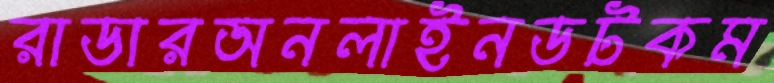
রাডারঅনলাইনডটকম